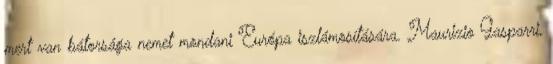
mert van bátorsága nemet mondani Európa iszlámosítására. Maurizio Gasparri,